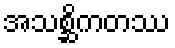
အသစ္ဆိကတဿ